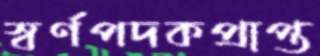
স্বর্ণপদকপ্রাপ্ত